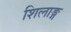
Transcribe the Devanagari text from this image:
शिलाङ्ग